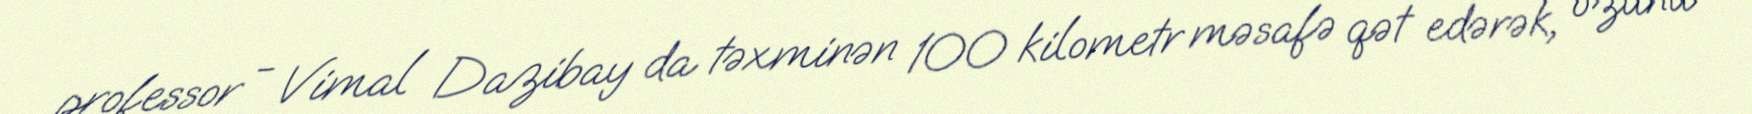
professor - Vimal Dazibay da təxminən 100 kilometr məsafə qət edərək, özünü